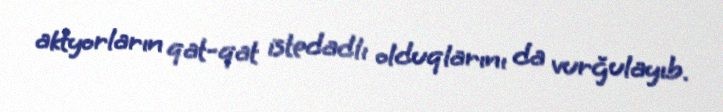
aktyorların qat-qat istedadlı olduqlarını da vurğulayıb.